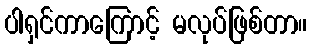
ပါရှင်ကာကြောင့် မလုပ်ဖြစ်တာ။